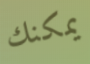
يمكنك